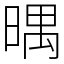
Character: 㬂